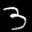
Label: 3